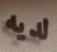
لديه